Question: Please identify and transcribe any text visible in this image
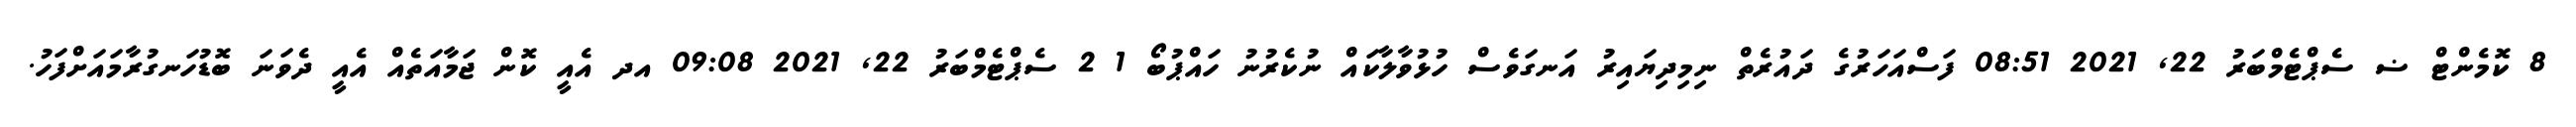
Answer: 8 ކޮމެންޓް ޟ ސެޕްޓެމްބަރު 22, 2021 08:51 ފަސްއަހަރުގެ ދައުރެތް ނިމިދިޔައިރު އަނގަވެސް ހުޅުވާލާކައް ނުކެރުނު ހައްޕުބޯ 1 2 ސެޕްޓެމްބަރު 22, 2021 09:08 އދ އެއީ ކޮން ޖަމާއަތެއް އެއީ ދެވަނަ ބޮޑުހަނގުރާމައަށްފަހު.